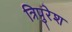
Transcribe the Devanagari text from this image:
त्रिपुरेश